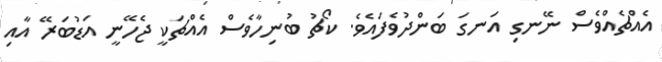
އެއްޗެއްވެސް ނޭނގި އަނގަ ބަންދުވެފައެވެ. ކޯޗު ބުނިހާވެސް އެއްޗަކީ ޖެހޭނީ އަޑުބަރޭ އާއި